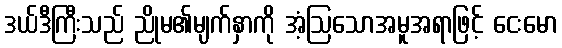
ဒယ်ဒီကြီးသည် ညိုမ၏မျက်နှာကို အံ့ဩသောအမူအရာဖြင့် ငေးမော